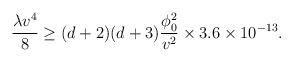
LaTeX: \begin{align*}{\lambda v^4 \over 8} \ge (d +2)(d +3) {\phi_0^2 \over v^2} \times 3.6 \times 10^{-13} .\end{align*}